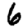
Digit: 6